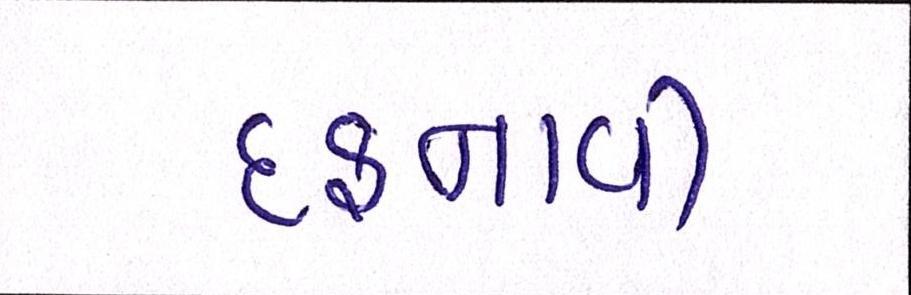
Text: દફનાવી